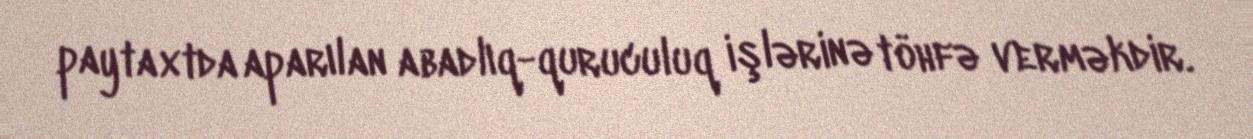
paytaxtda aparılan abadlıq-quruculuq işlərinə töhfə verməkdir.